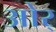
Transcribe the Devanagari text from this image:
ओर्‍